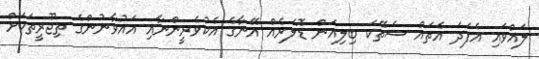
ލައްވައި އެފަދަ އެތައް ސަތޭކަ ބިލިއަން ޑޮލަރެއް އޭނާގެ އެކުވެރީންނާއި އައުވާނުންގެ ތިޖޫރީތަކަށް